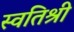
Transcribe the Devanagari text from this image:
स्वतिश्री